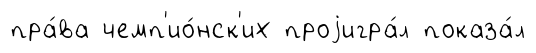
пра́ва чемп'ио́нск'их проjигра́л показа́л